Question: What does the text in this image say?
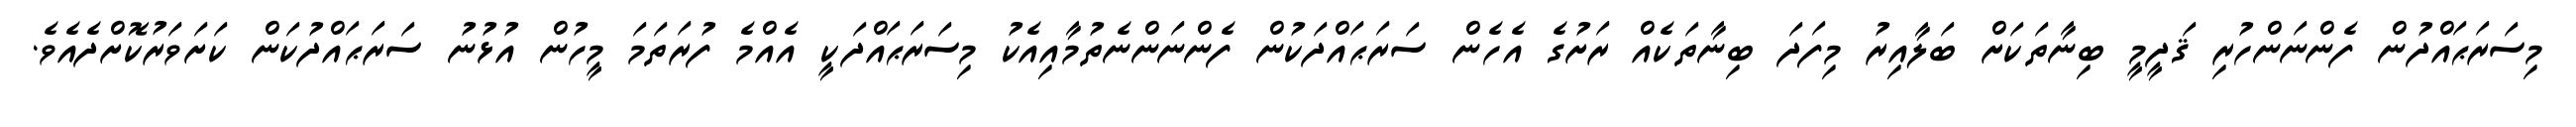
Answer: މިސަރަޙައްދުން ފެންނަންހުރި ޤަދީމީ ބިނާތަކަށް ބަލާއިރު މިފަދަ ބިނާތަކެއް ރަށުގެ އެހެން ސަރަޙައްދަކުން ފެންނަންނެތުމާއިއެކު މިސަރަޙައްދަކީ އެއްމެ ފުރަތަމަ މީހުން އުޅުނު ސަރަޙައްދުކަން ކަށަވަރުކޮށްދެއެވެ.